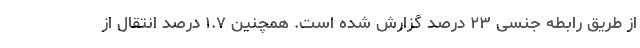
از طریق رابطه جنسی ۲۳ درصد گزارش شده است. همچنین ۱.۷ درصد انتقال از